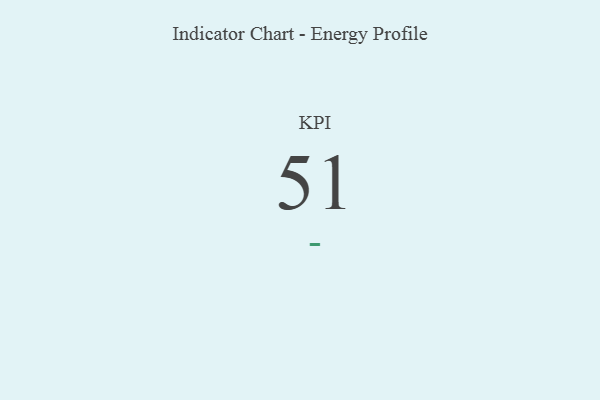
{"axis": {"x": "KPI", "y": "Value"}, "legend": [""], "data": [{"x": "KPI", "y": 51, "type": ""}]}